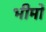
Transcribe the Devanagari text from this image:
भीमो